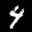
Label: 4